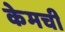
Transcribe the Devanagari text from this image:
केमची